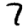
Digit: 7